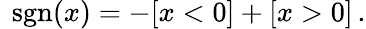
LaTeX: \ \operatorname{sgn}(x)=-[x<0]+[x>0]\, .